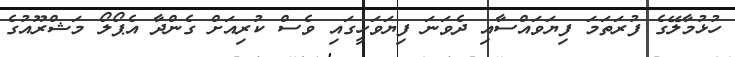
ހުޅުމާލޭގެ ފުރަތަމަ ފިޔަވައްސާއި ދެވަނަ ފިޔަވަހީގައި ވެސް ކުރިއަށް ގެންދާ އެޕޯލޯ މަޝްރޫއުގެ